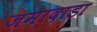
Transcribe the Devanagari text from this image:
जमादाडा